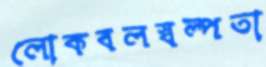
লোকবলস্বল্পতা